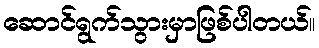
ဆောင်ရွက်သွားမှာဖြစ်ပါတယ်။